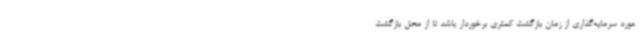
مورد سرمایه‌گذاری از زمان بازگشت کمتری برخوردار باشد تا از محل بازگشت